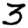
Digit: 3